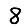
Digit: 8